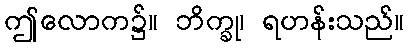
ဤလောက၌။ ဘိက္ခု၊ ရဟန်းသည်။